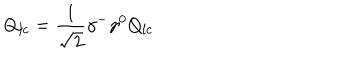
Q _ { l c } = \frac { 1 } { \sqrt 2 } \gamma ^ { - } \gamma ^ { 0 } Q _ { l c }